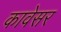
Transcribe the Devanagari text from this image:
कावेसर